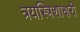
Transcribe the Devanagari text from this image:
त्रयस्त्रिशाक्षरी